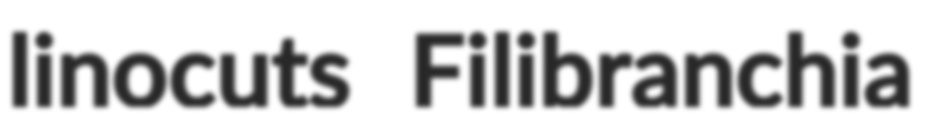
linocuts Filibranchia